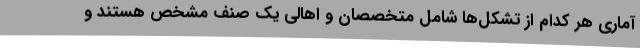
آماری هر کدام از تشکل‌ها شامل متخصصان و اهالی یک صنف مشخص هستند و